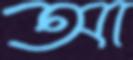
আ